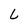
Character: L